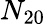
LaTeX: N_{20}